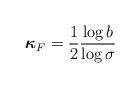
LaTeX: \begin{align*}\boldsymbol{\kappa}_F=\frac{1}{2}\frac{\log b}{\log \sigma}\end{align*}